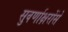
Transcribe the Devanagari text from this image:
सुवर्णाक्षरोंसे